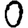
Digit: 0